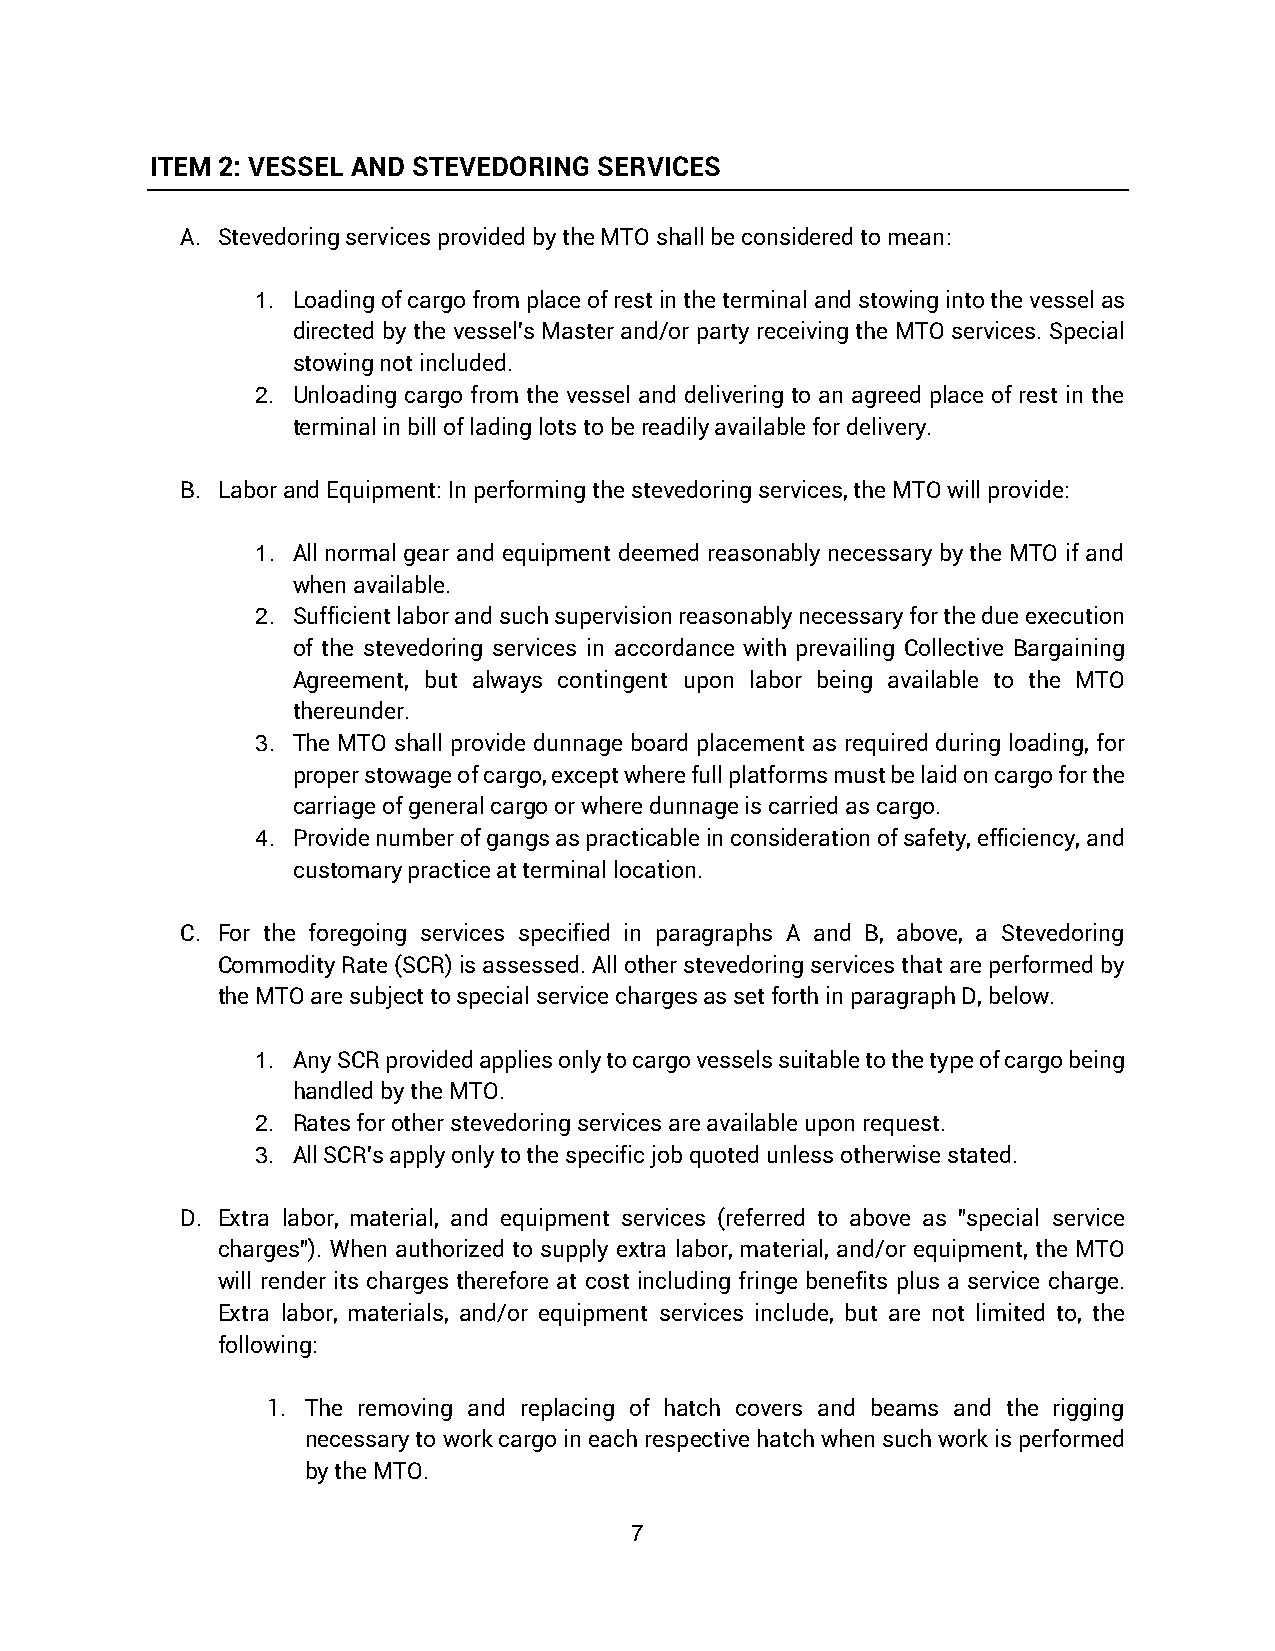
ITEM 2: VESSEL AND STEVEDORING SERVICES
 A. Stevedoring services provided by the MTO shall be considered to mean:
 1. Loading of cargo from place of rest in the terminal and stowing into the vessel as
 directed by the vessel's Master and/or party receiving the MTO services. Special
 stowing not included.
 2. Unloading cargo from the vessel and delivering to an agreed place of rest in the
 terminal in bill of lading lots to be readily available for delivery.
 B. Labor and Equipment: In performing the stevedoring services, the MTO will provide:
 1. All normal gear and equipment deemed reasonably necessary by the MTO if and
 when available.
 2. Sufficient labor and such supervision reasonably necessary for the due execution
 of the stevedoring services in accordance with prevailing Collective Bargaining
 Agreement, but always contingent upon labor being available to the MTO
 thereunder.
 3. The MTO shall provide dunnage board placement as required during loading, for
 proper stowage of cargo, except where full platforms must be laid on cargo for the
 carriage of general cargo or where dunnage is carried as cargo.
 4. Provide number of gangs as practicable in consideration of safety, efficiency, and
 customary practice at terminal location.
 C. For the foregoing services specified in paragraphs A and B, above, a Stevedoring
 Commodity Rate (SCR) is assessed. All other stevedoring services that are performed by
 the MTO are subject to special service charges as set forth in paragraph D, below.
 1. Any SCR provided applies only to cargo vessels suitable to the type of cargo being
 handled by the MTO.
 2. Rates for other stevedoring services are available upon request.
 3. All SCR's apply only to the specific job quoted unless otherwise stated.
 D. Extra labor, material, and equipment services (referred to above as "special service
 charges"). When authorized to supply extra labor, material, and/or equipment, the MTO
 will render its charges therefore at cost including fringe benefits plus a service charge.
 Extra labor, materials, and/or equipment services include, but are not limited to, the
 following:
 1. The removing and replacing of hatch covers and beams and the rigging
 necessary to work cargo in each respective hatch when such work is performed
 by the MTO.
 7